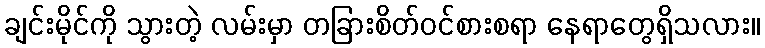
ချင်းမိုင်ကို သွားတဲ့ လမ်းမှာ တခြားစိတ်ဝင်စားစရာ နေရာတွေရှိသလား။